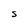
Character: S